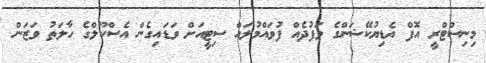
މިނިސްޓްރީ އޮފް އެޑިޔުކޭޝަންގެ ވަފުދެއް ފުވައްމުލައް ސިޓީއަށް ވަޑައިގެން އެސްކޫލްގެ ހާލަތު ވަޒަން